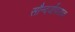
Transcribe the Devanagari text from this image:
सौन्दर्योपासक